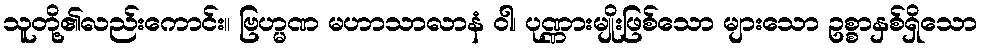
သူတို့၏လည်းကောင်း။ ဗြဟ္မဏ မဟာသာလာနံ ဝါ၊ ပုဏ္ဏားမျိုးဖြစ်သော များသော ဥစ္စာနှစ်ရှိသော